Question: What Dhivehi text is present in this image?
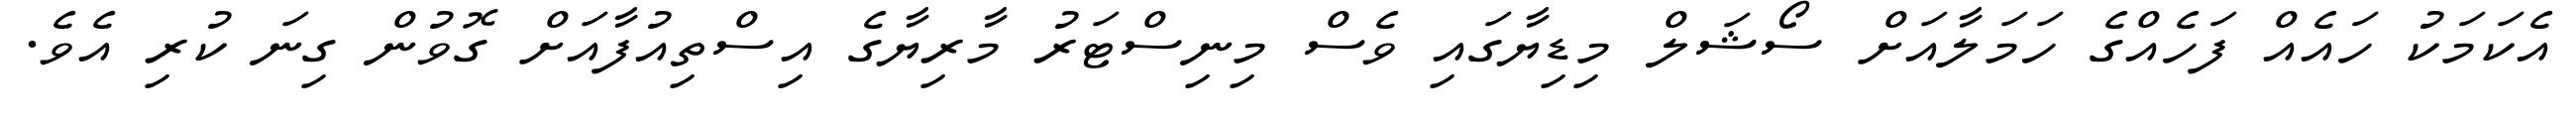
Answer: އެކަމަކު ހައެއް ފަހެއްގެ ހަމަލާއަށް ސޯޝަލް މިޑިޔާގައި ވެސް މިނިސްޓަރު މާރިޔާގެ އިސްތިއުފާއަށް ގޮވުން ގިނަ ކުރި އެވެ.